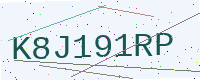
Text: K8J191RP